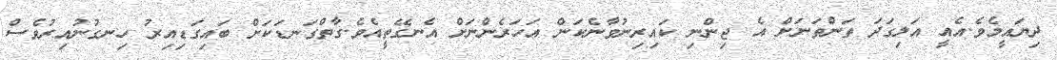
ދިޔައީމެވެ.އެއީ އަލިގަދަ ތަންތަނަށް އެ ޖިންނި ކައިރިނުވާނެކަން އަހަރެންނަށް އެނގޭތީއެވެ.ގާތްގަނޑަކަށް ބައިގަޑިއިރު ހިނގުނުއިރުވެސް